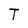
Character: T